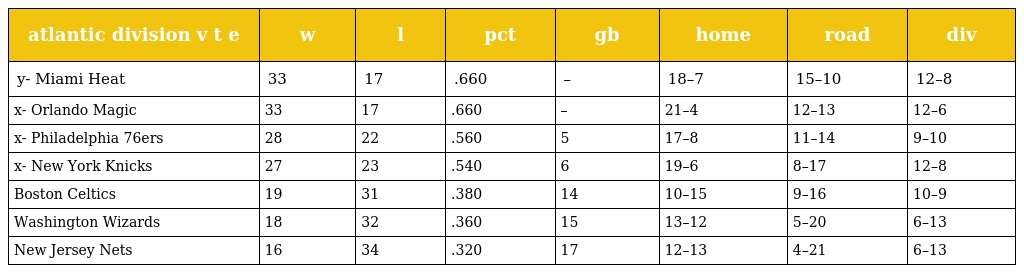
| atlantic division v t e | w | l | pct | gb | home | road | div |
 | --- | --- | --- | --- | --- | --- | --- | --- |
 | y- Miami Heat | 33 | 17 | .660 | – | 18–7 | 15–10 | 12–8 |
 | x- Orlando Magic | 33 | 17 | .660 | – | 21–4 | 12–13 | 12–6 |
 | x- Philadelphia 76ers | 28 | 22 | .560 | 5 | 17–8 | 11–14 | 9–10 |
 | x- New York Knicks | 27 | 23 | .540 | 6 | 19–6 | 8–17 | 12–8 |
 | Boston Celtics | 19 | 31 | .380 | 14 | 10–15 | 9–16 | 10–9 |
 | Washington Wizards | 18 | 32 | .360 | 15 | 13–12 | 5–20 | 6–13 |
 | New Jersey Nets | 16 | 34 | .320 | 17 | 12–13 | 4–21 | 6–13 |